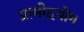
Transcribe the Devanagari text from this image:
ग्रामोदयोग